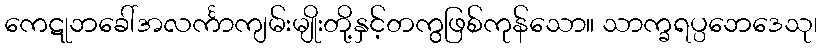
ကေဋုဘခေါ်အလင်္ကာကျမ်းမျိုးတို့နှင့်တကွဖြစ်ကုန်သော။ သာက္ခရပ္ပဘေဒေသု၊